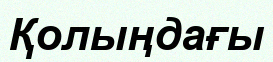
Қолыңдағы